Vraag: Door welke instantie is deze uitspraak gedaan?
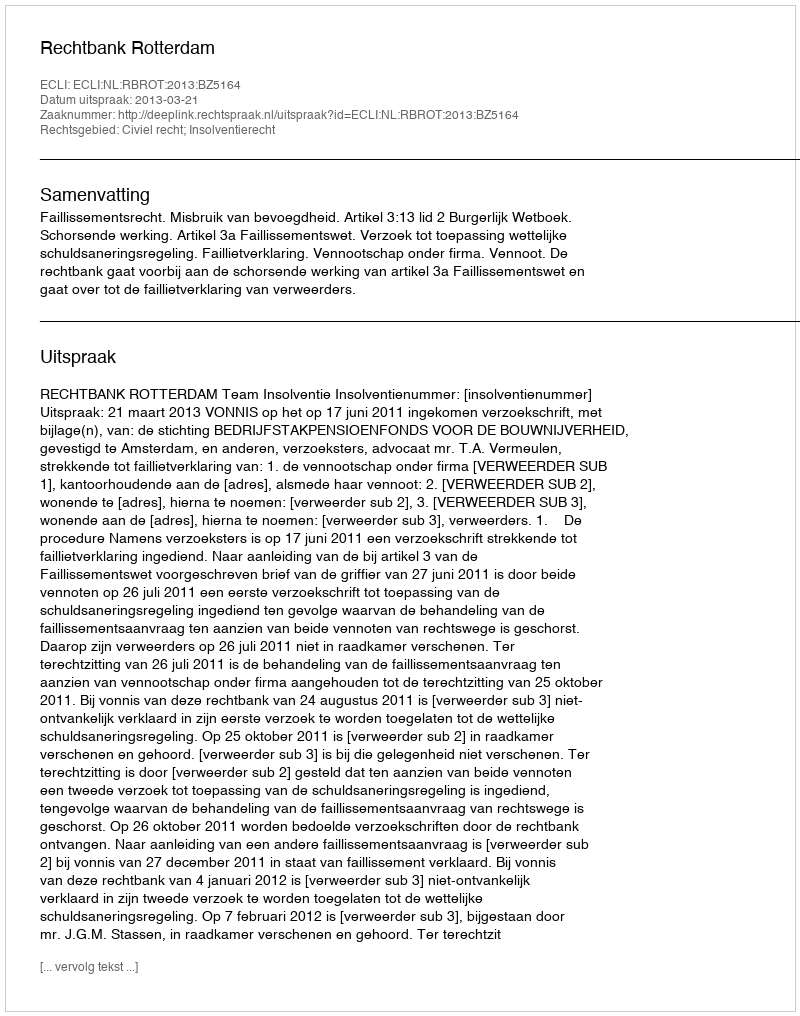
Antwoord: Rechtbank Rotterdam